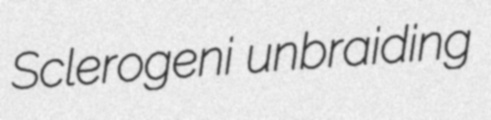
Sclerogeni unbraiding